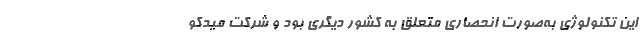
این تکنولوژی به‌صورت انحصاری متعلق به کشور دیگری بود و شرکت میدکو